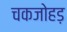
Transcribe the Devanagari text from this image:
चकजोहड़